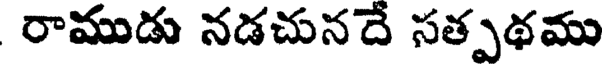
రాముడు నడచునదే సత్పథము